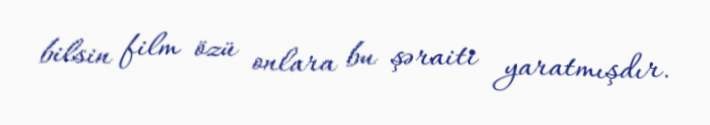
bilsin film özü onlara bu şəraiti yaratmışdır.